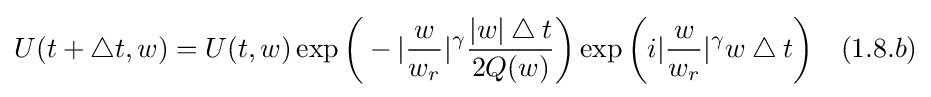
U(t+\bigtriangleup t,w)=U(t,w)\exp {\bigg (}-|{\frac {w}{w_{r}}}|^{\gamma }{\frac {|w|\bigtriangleup t}{2Q(w)}}{\bigg )}\exp {\bigg (}i|{\frac {w}{w_{r}}}|^{\gamma }w\bigtriangleup t{\bigg )}\quad (1.8.b)